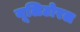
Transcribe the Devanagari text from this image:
यूलिटोरल